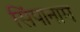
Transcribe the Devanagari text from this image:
सिंपानाम